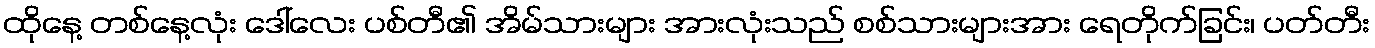
ထိုနေ့ တစ်နေ့လုံး ဒေါ်လေး ပစ်တီ၏ အိမ်သားများ အားလုံးသည် စစ်သားများအား ရေတိုက်ခြင်း၊ ပတ်တီး